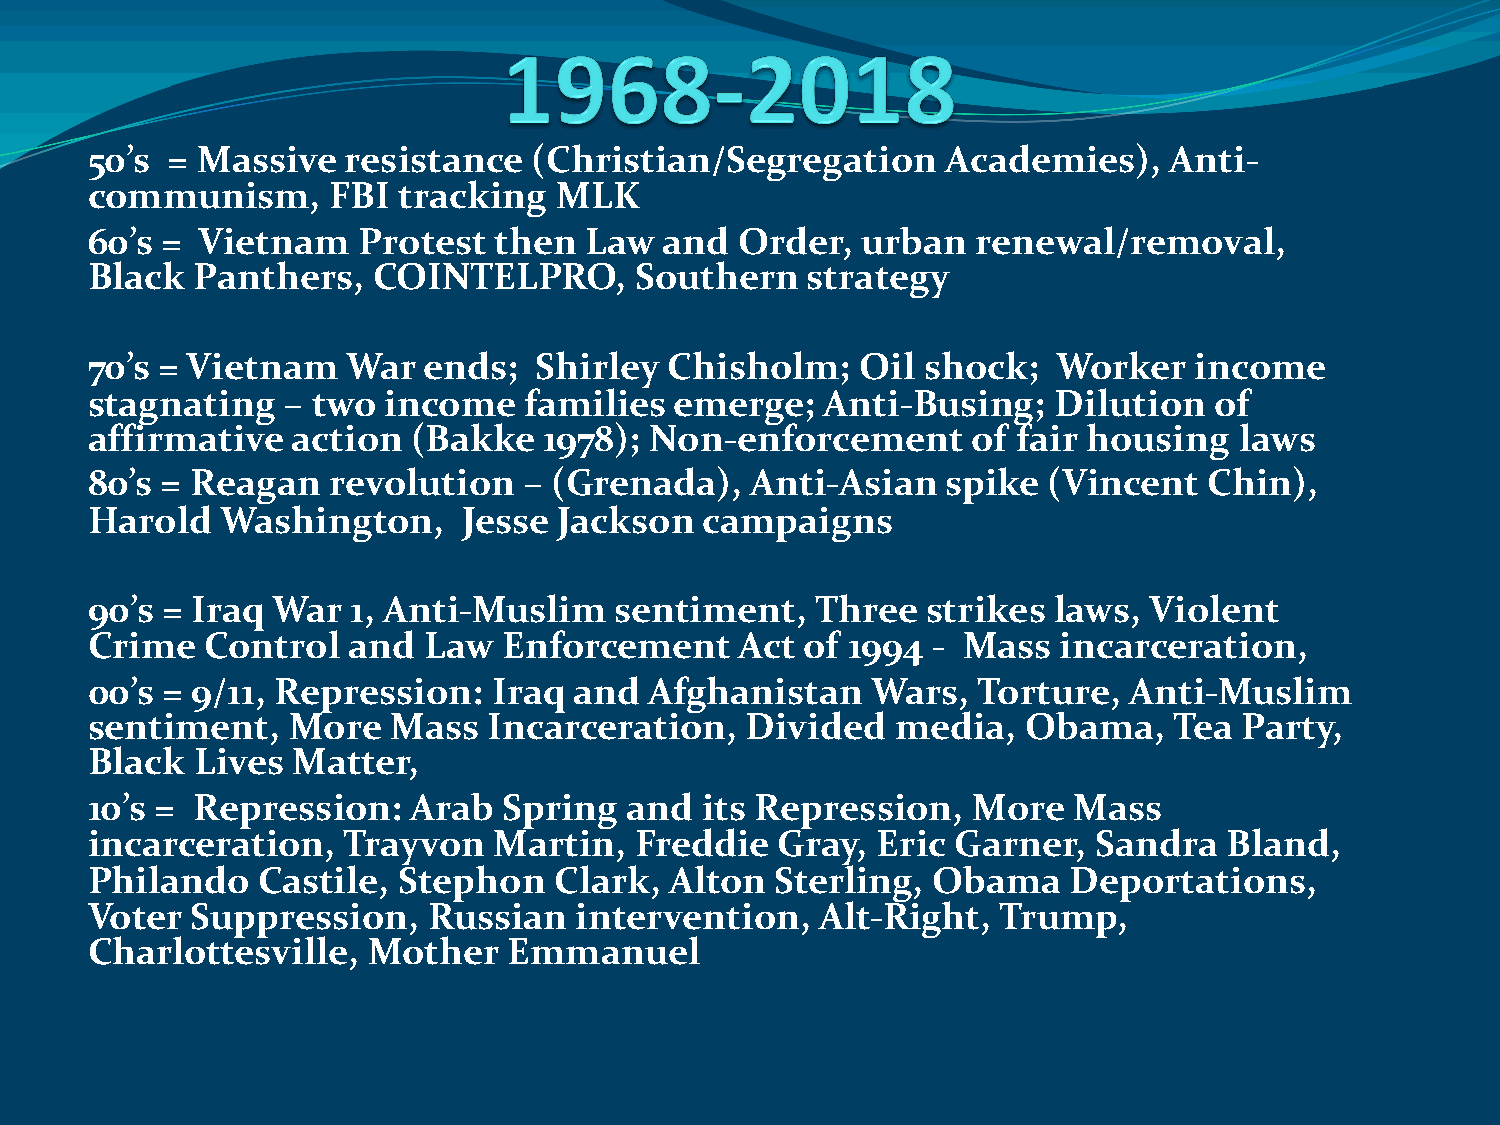
50’s = Massive   resistance  (Christian/Segregation      Academies),   Anti-
 communism,      FBI tracking   MLK
 60’s = Vietnam    Protest  then  Law  and  Order,  urban   renewal/removal,
 Black  Panthers,   COINTELPRO,      Southern   strategy
 70’s = Vietnam   War  ends;   Shirley Chisholm;    Oil shock;   Worker   income
 stagnating   – two income    families  emerge;   Anti-Busing;   Dilution  of
 affirmative  action  (Bakke   1978); Non-enforcement      of fair housing   laws
 80’s = Reagan   revolution   – (Grenada),   Anti-Asian   spike (Vincent   Chin),
 Harold   Washington,     Jesse Jackson  campaigns
 90’s = Iraq War  1, Anti-Muslim    sentiment,   Three  strikes  laws, Violent
 Crime   Control  and  Law  Enforcement     Act of 1994  - Mass  incarceration,
 00’s = 9/11, Repression:   Iraq and  Afghanistan    Wars,  Torture,  Anti-Muslim
 sentiment,   More   Mass  Incarceration,   Divided   media,   Obama,    Tea Party,
 Black  Lives Matter,
 10’s = Repression:   Arab  Spring  and  its Repression,   More   Mass
 incarceration,   Trayvon   Martin,  Freddie   Gray, Eric Garner,   Sandra  Bland,
 Philando   Castile, Stephon    Clark, Alton  Sterling,  Obama    Deportations,
 Voter  Suppression,   Russian   intervention,   Alt-Right,  Trump,
 Charlottesville,  Mother    Emmanuel